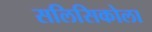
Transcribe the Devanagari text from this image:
सलिसिकोला